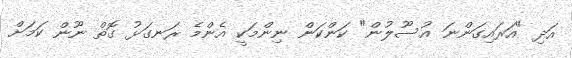
އަދި "އަރައިގަންނަ އުސޫލުން" ކަންކަން ނިންމަކީ އެންމެ ރަނގަޅު ގޮތް ނޫން ކަމަށް